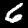
Label: 6